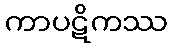
ကာပဋိကဿ